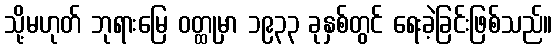
သို့မဟုတ် ဘုရားမြေ ဝတ္ထုမှာ ၁၉၃၃ ခုနှစ်တွင် ရေးခဲ့ခြင်းဖြစ်သည်။